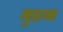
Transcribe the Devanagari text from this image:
मुड़वा